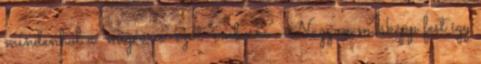
mindenhol a "migráns" szót "emberre". Nagyon másképp fest így